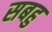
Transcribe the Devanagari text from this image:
सबहु